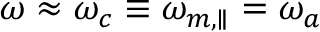
\omega \approx \omega _ { c } \equiv \omega _ { m , \parallel } = \omega _ { a }